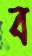
ব